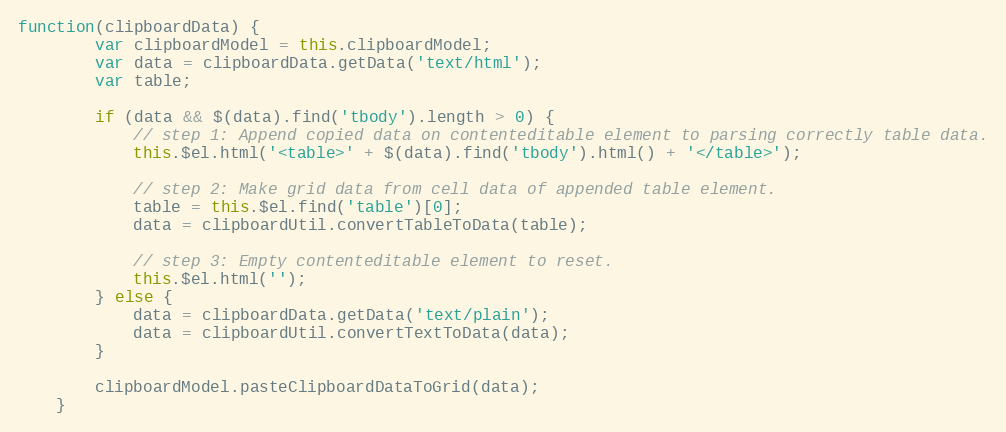
Language: JavaScript
function(clipboardData) {
        var clipboardModel = this.clipboardModel;
        var data = clipboardData.getData('text/html');
        var table;

        if (data && $(data).find('tbody').length > 0) {
            // step 1: Append copied data on contenteditable element to parsing correctly table data.
            this.$el.html('<table>' + $(data).find('tbody').html() + '</table>');

            // step 2: Make grid data from cell data of appended table element.
            table = this.$el.find('table')[0];
            data = clipboardUtil.convertTableToData(table);

            // step 3: Empty contenteditable element to reset.
            this.$el.html('');
        } else {
            data = clipboardData.getData('text/plain');
            data = clipboardUtil.convertTextToData(data);
        }

        clipboardModel.pasteClipboardDataToGrid(data);
    }